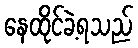
နေထိုင်ခဲ့ရသည်